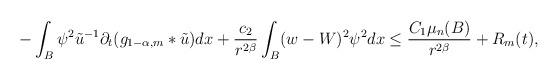
LaTeX: \begin{align*}-\int_{B}\psi^{2}\tilde{u}^{-1}\partial_{t}(g_{1-\alpha,m}*\tilde{u})dx + \frac{c_{2}}{r^{2\beta}}\int_{B}(w-W)^{2}\psi^{2}dx \leq\frac{C_{1}\mu_{n}(B)}{r^{2\beta}} + R_{m}(t),\end{align*}